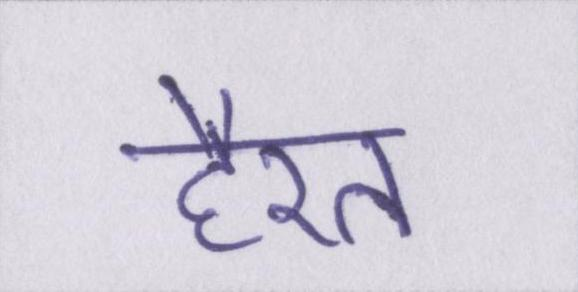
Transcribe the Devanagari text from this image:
हैरत